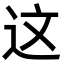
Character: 这